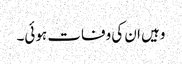
وہیں ان کی وفات ہوئی۔